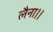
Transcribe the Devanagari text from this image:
लैना।।